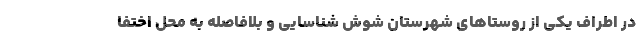
در اطراف یکی از روستاهای شهرستان شوش شناسایی و بلافاصله به محل اختفا